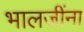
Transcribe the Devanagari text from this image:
भालजींना